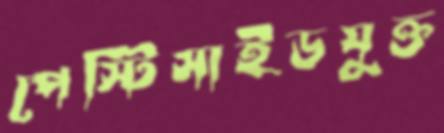
পেস্টিসাইডযুক্ত